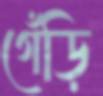
গেঁড়ি